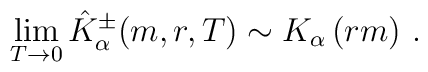
\lim_{T\rightarrow 0}\hat{K}_{\alpha }^{\pm }(m,r,T)\sim K_{\alpha }\left(rm\right) \,.